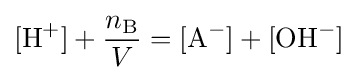
[{\ce {H+}}]+{\frac {n_{{\ce {B}}}}{V}}=[{\ce {A-}}]+[{\ce {OH-}}]